Burma Government Medical School reports 1907-22
Year: 1907
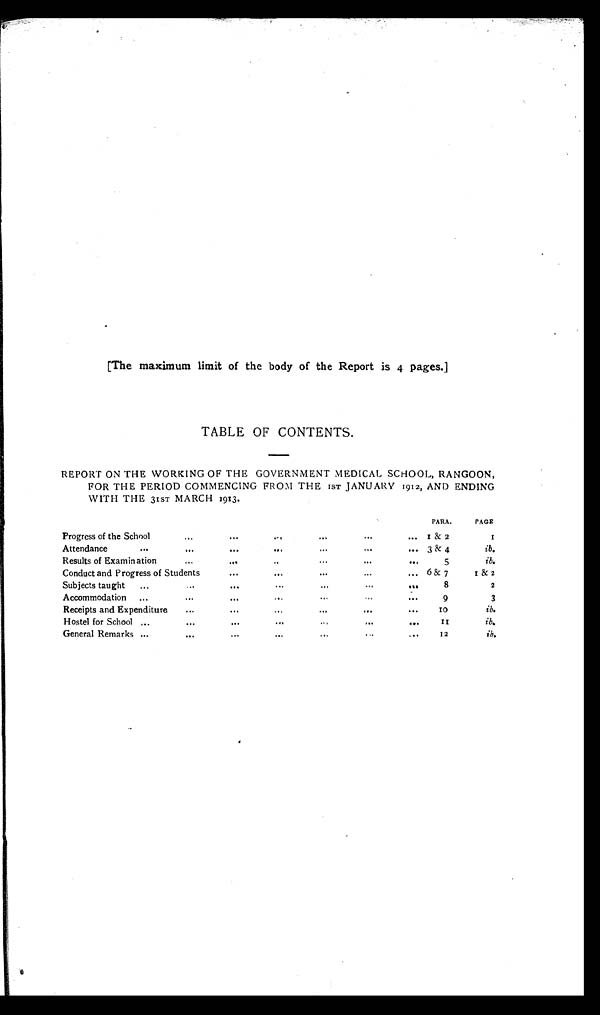
[The maximum limit of the body of the Report is 4 pages.]
TABLE OF CONTENTS.
REPORT ON THE WORKING OF THE GOVERNMENT MEDICAL SCHOOL, RANGOON,
FOR THE PERIOD COMMENCING FROM THE 1ST JANUARY 1912, AND ENDING
WITH THE 31ST MARCH 1913.
PARA.
PAGE
Progress of the School
. . .
. . .
. . .
. . .
...
. . .
1 & 2
1
Attendance ...
. . .
. . .
. . .
. . .
. . .
. . . 3 & 4
ib.
Results of Examination
...
. . .
. . .
. . .
...
. . .
5
ib.
Conduct and Progress of Students
...
. . .
. . .
. . .
. . . 6 & 7
1 & 2
Subjects taught ...
...
. . .
. . . ...
. . .
. . .
8
2
Accommodation ...
. . .
. . .
. . .
. . .
. . .
. . .
9
3
Receipts and Expenditure
...
...
...
. . .
. . .
. . .
1 0
ib.
Hostel for School ...
...
. . .
. . .
. . .
. . .
. . .
11
ib.
General Remarks ...
. . .
...
. . .
. . .
. . .
. . .
12
ib.